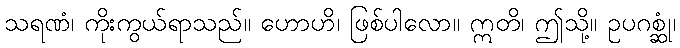
သရဏံ၊ ကိုးကွယ်ရာသည်။ ဟောဟိ၊ ဖြစ်ပါလော။ ဣတိ၊ ဤသို့။ ဥပဂစ္ဆုံ၊